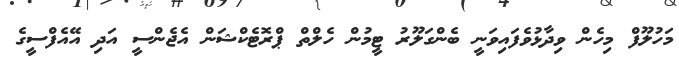
މަހުލޫފް މިހެން ވިދާޅުވެފައިވަނީ ބެންގަލޫރު ޓީމުން ހެލްތް ޕްރޮޓެކްޝަން އެެޖެންސީ އަދި އޭއެފްސީގެ